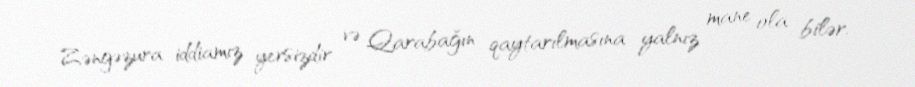
Zəngəzura iddiamız yersizdir və Qarabağın qaytarılmasına yalnız mane ola bilər.